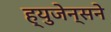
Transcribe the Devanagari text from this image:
ह्युजेन्सने